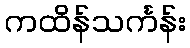
ကထိန်သင်္ကန်း